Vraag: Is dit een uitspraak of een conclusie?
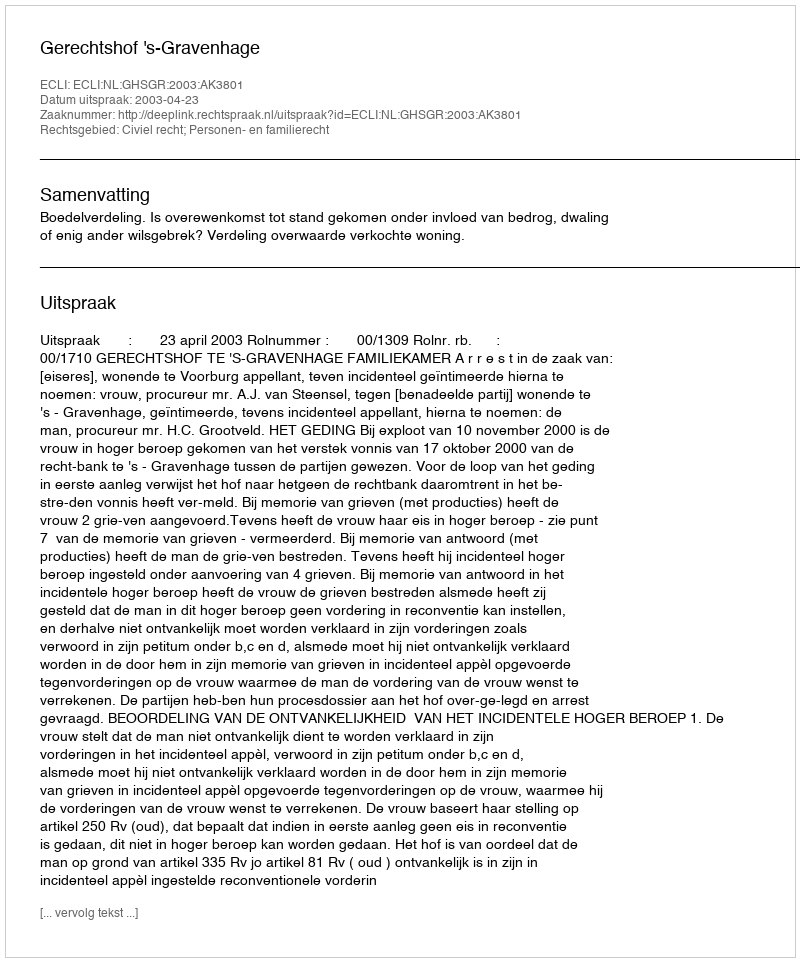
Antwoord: Uitspraak